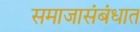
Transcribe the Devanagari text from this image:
समाजासंबंधात